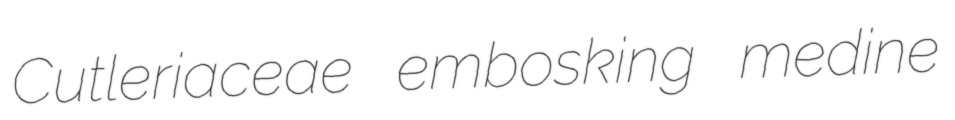
Cutleriaceae embosking medine